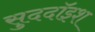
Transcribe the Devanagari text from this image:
सुददॉइश